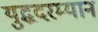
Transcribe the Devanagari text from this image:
युद्धदरम्यान